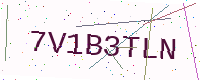
Text: 7V1B3TLN